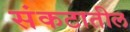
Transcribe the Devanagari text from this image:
संकटातील